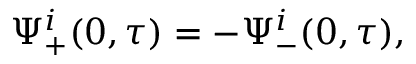
\Psi _ { + } ^ { i } ( 0 , \tau ) = - \Psi _ { - } ^ { i } ( 0 , \tau ) ,